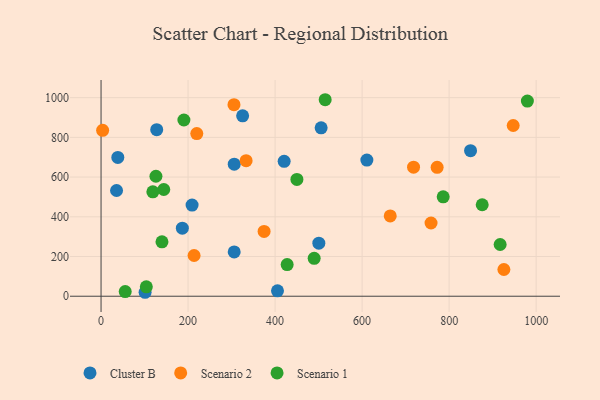
{"axis": {"x": "Experience", "y": "Fuel Efficiency"}, "legend": ["Cluster B", "Scenario 1", "Scenario 2"], "data": [{"x": "186.8", "y": 342.5, "type": "Cluster B"}, {"x": "420.8", "y": 679.6, "type": "Cluster B"}, {"x": "35.6", "y": 532.5, "type": "Cluster B"}, {"x": "849.2", "y": 733.2, "type": "Cluster B"}, {"x": "127.9", "y": 838.7, "type": "Cluster B"}, {"x": "505.8", "y": 847.9, "type": "Cluster B"}, {"x": "610.9", "y": 685.8, "type": "Cluster B"}, {"x": "101.2", "y": 19.9, "type": "Cluster B"}, {"x": "306.1", "y": 665.1, "type": "Cluster B"}, {"x": "500.5", "y": 267.1, "type": "Cluster B"}, {"x": "325.4", "y": 908.3, "type": "Cluster B"}, {"x": "38.5", "y": 699.0, "type": "Cluster B"}, {"x": "405.5", "y": 27.0, "type": "Cluster B"}, {"x": "306.0", "y": 222.9, "type": "Cluster B"}, {"x": "209.2", "y": 459.2, "type": "Cluster B"}, {"x": "305.5", "y": 964.6, "type": "Scenario 2"}, {"x": "758.4", "y": 368.9, "type": "Scenario 2"}, {"x": "333.4", "y": 682.4, "type": "Scenario 2"}, {"x": "3.6", "y": 835.3, "type": "Scenario 2"}, {"x": "718.2", "y": 650.0, "type": "Scenario 2"}, {"x": "213.8", "y": 205.2, "type": "Scenario 2"}, {"x": "947.2", "y": 859.8, "type": "Scenario 2"}, {"x": "925.8", "y": 134.5, "type": "Scenario 2"}, {"x": "772.4", "y": 649.3, "type": "Scenario 2"}, {"x": "374.7", "y": 326.1, "type": "Scenario 2"}, {"x": "664.6", "y": 404.5, "type": "Scenario 2"}, {"x": "220.0", "y": 819.0, "type": "Scenario 2"}, {"x": "140.0", "y": 274.2, "type": "Scenario 1"}, {"x": "126.1", "y": 604.2, "type": "Scenario 1"}, {"x": "55.5", "y": 23.2, "type": "Scenario 1"}, {"x": "489.8", "y": 191.1, "type": "Scenario 1"}, {"x": "450.1", "y": 588.1, "type": "Scenario 1"}, {"x": "876.0", "y": 460.6, "type": "Scenario 1"}, {"x": "190.4", "y": 887.5, "type": "Scenario 1"}, {"x": "515.1", "y": 989.6, "type": "Scenario 1"}, {"x": "144.1", "y": 537.4, "type": "Scenario 1"}, {"x": "119.0", "y": 526.0, "type": "Scenario 1"}, {"x": "427.7", "y": 159.6, "type": "Scenario 1"}, {"x": "979.8", "y": 982.8, "type": "Scenario 1"}, {"x": "917.2", "y": 260.6, "type": "Scenario 1"}, {"x": "786.3", "y": 500.5, "type": "Scenario 1"}, {"x": "104.0", "y": 47.1, "type": "Scenario 1"}]}